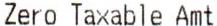
ZERO TAXABLE AMT